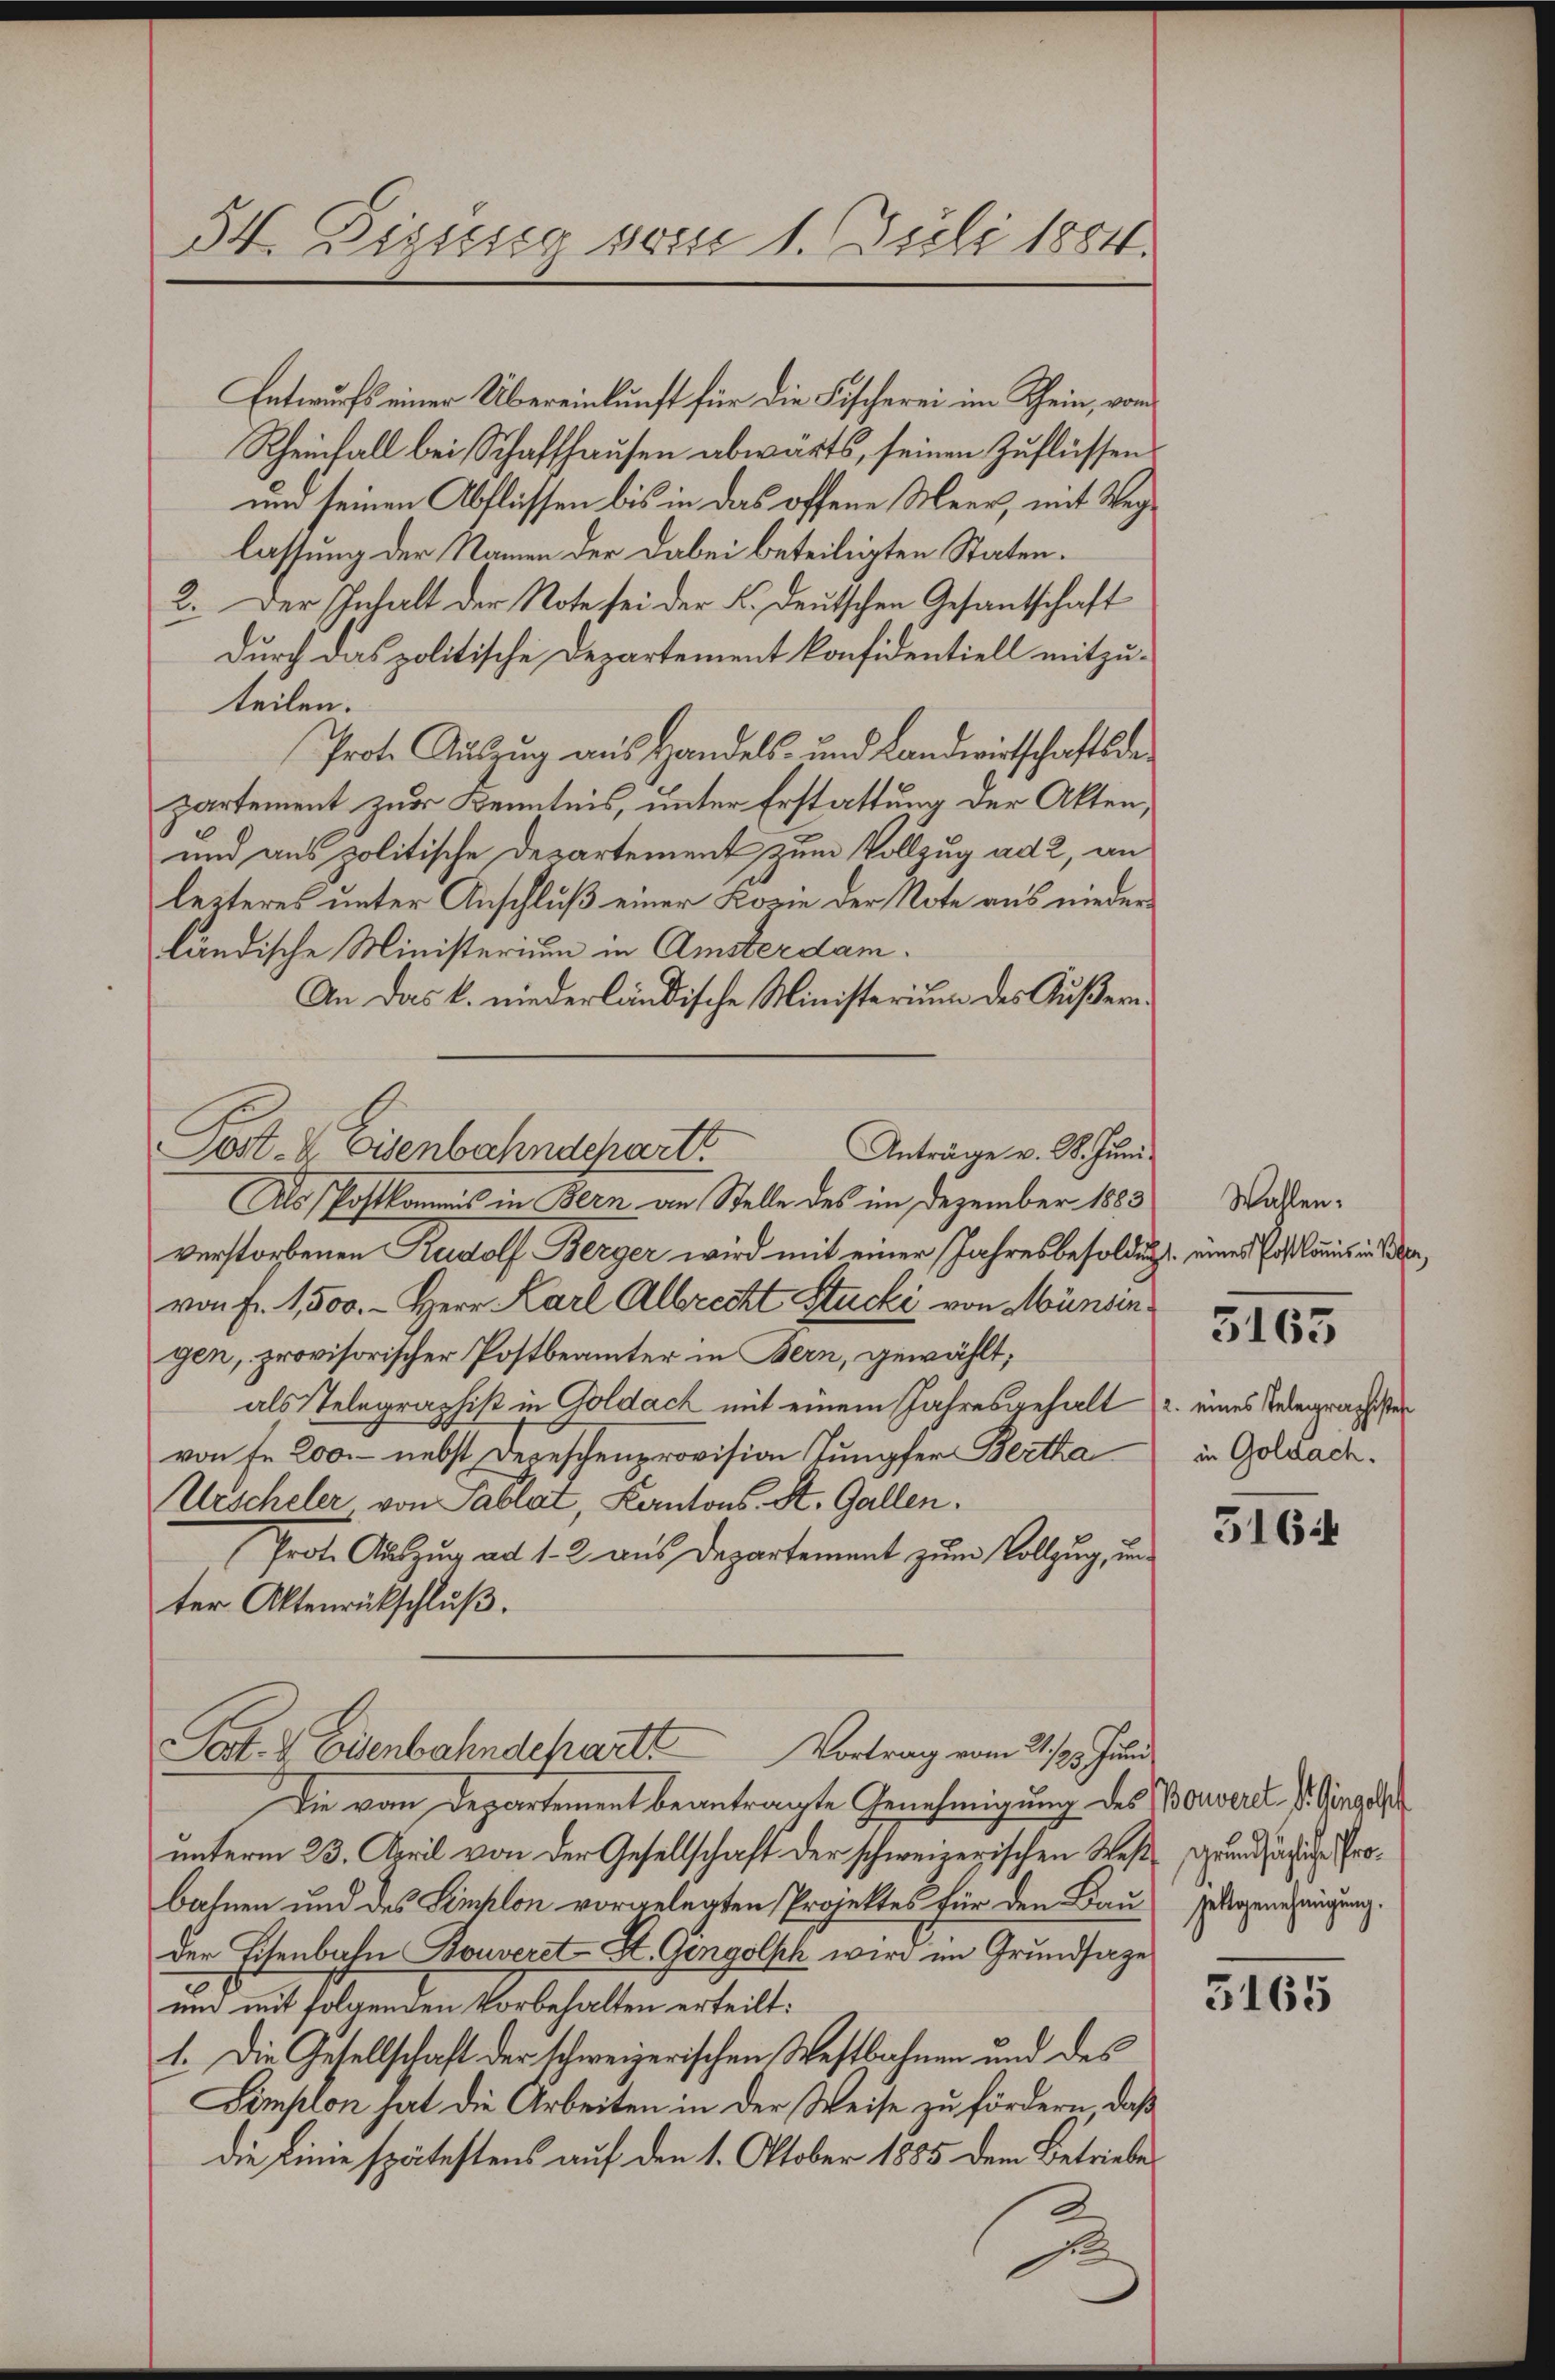
54. Disseg vom 1. Juli 1884.

Entwurfs einer Übereinkunft für die Fischerei im Rhein, von
Rheinfall bei Schaffhausen abwärts, seinen Zuflüssen
und seinen Abflüssen bis in das offene Meer, mit Weglassung der Namen der dabei beteiligten Staten¬
2. Der Inhalt der Note sei der K. deutschen Gesantschaft
durch das politische Departement konfidentiell mitzuteilen.
Prot. Auszug aus Handels- und Landwirtschaftsdepartement zur Kenntnis, unter Erstattung der Akten,
und aus politische Departement zum Vollzug ad 2, an
leiteres unter Anschluß einer Kopie der Note aus niederländische Ministerium in Amsterdam.
An das k. niederländische Ministerium des Äußer¬
Als Postkommis in Bern an Stelle des im Dezember 1883
verstorbenen Rudolf Berger wird mit einer Jahresbesoldungs eines Postlonis in Wien,
von Fr. 1,500.- Herr Karl Albrecht Stucki von Münsin
gen, provisorischer Postbeamter in Bern, gewählt;
als Telegraphist in Goldach mit einem Jahresgehalt u. eines Telegraphisten
von Fr. 200.- nebst Depeschenprovision Jungfer Bertha
Urscheler, von Pablat, Kantons St. Gallen.
Prot. Auszug ad 1. 2 aus Departement zum Vollzug, und
ter Aktenrückschluß.
Sot. & Eisenbahndchartt
Vortrag vom 21./2. Juni
Die vom Departement beantragte Genehmigung des Borverd, s. Gingels
unterm 23. April von der Gesellschaft der schweizerischen West grund zu siche Probahnen und des Senklon vorgelegten Projektes für den Bau, Erbgenehmigung.
der Eisenbahn Bouveret St. Gengolph wird im Grundsaze
und mit folgenden Vorbehalten erteilt:
1. Die Gesellschaft der schweizerischen Westbahnen und des
Simplon hat die Arbeiten in der Weise zu fördern, daß
die Linie spätestens auf den 1. Oktober 1885 dem Betriebe
s

Anträge v. 28. Juni
Post- & Eisenbahndchartt.

Wallen.

3165

in Goldach.

5164

.

5165